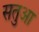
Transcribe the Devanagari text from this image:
सतुआ